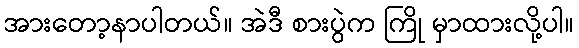
အားတော့နာပါတယ်။ အဲဒီ စားပွဲက ကြို မှာထားလို့ပါ။